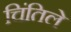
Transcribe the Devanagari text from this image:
चिंतिले